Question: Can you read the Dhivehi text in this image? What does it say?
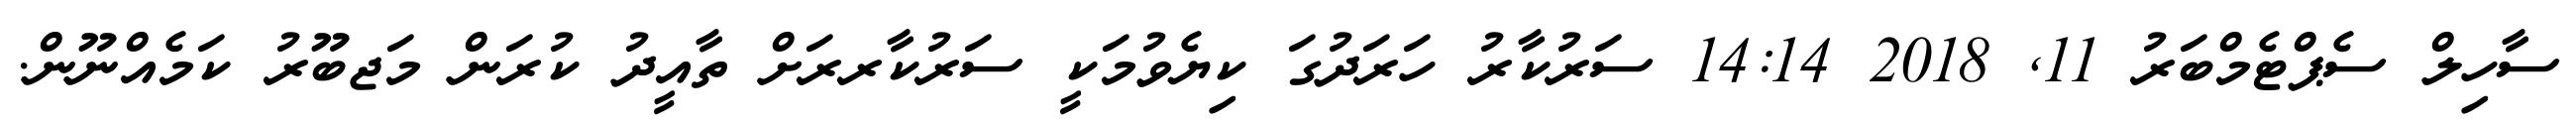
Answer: ސާހިލް ސެޕްޓެމްބަރު 11, 2018 14:14 ސަރުކާރު ހަރަދުގަ ކިޔެވުމަކީ ސަރުކާރރަށް ތާއީދު ކުރަން މަޖބޫރު ކަމެއްނޫން.